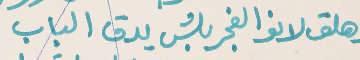
وهلق لانوا الفجر بلش يدق الباب